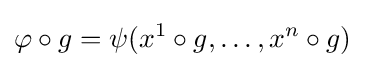
\varphi \circ g=\psi (x^{1}\circ g,\dots ,x^{n}\circ g)